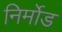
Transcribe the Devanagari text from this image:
निर्मोड